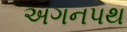
અગનપથ